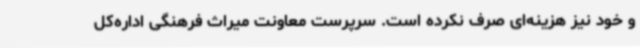
و خود نیز هزینه‌ای صرف نکرده‌ است. سرپرست معاونت میراث فرهنگی اداره‌کل